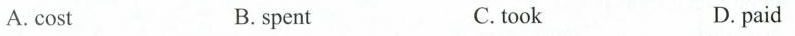
A. cost B.spent C.took D. paid